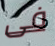
فى